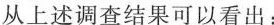
从上述调查结果可以看出：